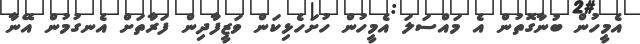
އެމީހުން ބުނާގޮތުން އެ މައްސަލަ އެމީހުން ހުށަހެޅިކަން ވަޒީފާދިން ފަރާތަށް އެނގުމުން އޭނާ